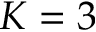
K = 3